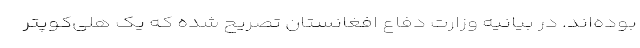
بوده‌اند. در بیانیه وزارت دفاع افغانستان تصریح شده که یک هلی‌کوپتر